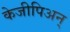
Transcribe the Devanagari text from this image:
केजीपिअन्